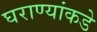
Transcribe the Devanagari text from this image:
घराण्यांकडे